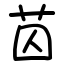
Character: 苬